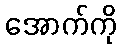
အောက်ကို